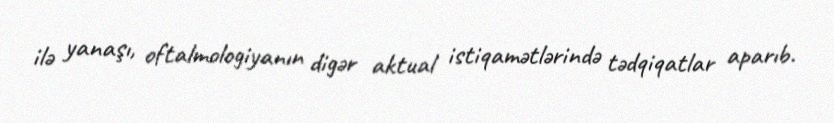
ilə yanaşı, oftalmologiyanın digər aktual istiqamətlərində tədqiqatlar aparıb.